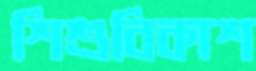
শিশুবিকাশ